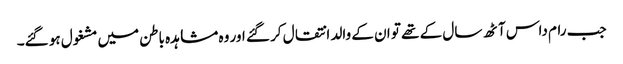
جب رام داس آٹھ سال کے تھے تو ان کے والد انتقال کر گئے اور وہ مشاہدہ باطن میں مشغول ہو گئے۔